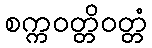
စက္ကဝတ္တိဝတ္တံ